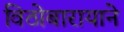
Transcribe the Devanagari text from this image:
विठोबारायाने